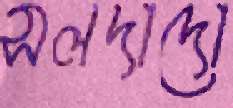
সলদাদো